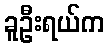
ခူဦးရယ်က